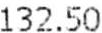
132.50